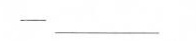
——___